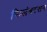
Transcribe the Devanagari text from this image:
सिलंबरसन